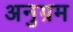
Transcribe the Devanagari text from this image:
अनुग्रम